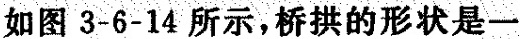
如图3-6-14所示，桥拱的形状是一